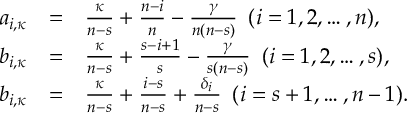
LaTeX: \begin{array} { r c l } { { a _ { i , \kappa } } } & { { = } } & { { \frac { \kappa } { n - s } + \frac { n - i } { n } - \frac { \gamma } { n ( n - s ) } \, \, \, ( i = 1 , 2 , \dots , n ) , } } \\ { { b _ { i , \kappa } } } & { { = } } & { { \frac { \kappa } { n - s } + \frac { s - i + 1 } { s } - \frac { \gamma } { s ( n - s ) } \, \, \, ( i = 1 , 2 , \dots , s ) , } } \\ { { b _ { i , \kappa } } } & { { = } } & { { \frac { \kappa } { n - s } + \frac { i - s } { n - s } + \frac { \delta _ { i } } { n - s } \, \, \, ( i = s + 1 , \dots , n - 1 ) . } } \end{array}